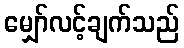
မျှော်လင့်ချက်သည်